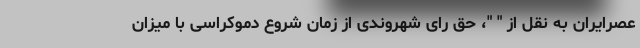
عصرایران به نقل از " "، حق رای شهروندی از زمان شروع دموکراسی با میزان